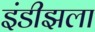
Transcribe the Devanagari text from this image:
इंडीझला